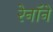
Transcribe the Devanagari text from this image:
रेनॉने